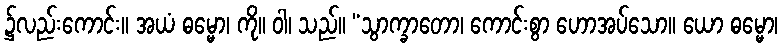
၌လည်းကောင်း။ အယံ ဓမ္မော၊ ကို။ ဝါ၊ သည်။ “သွာက္ခာတော၊ ကောင်းစွာ ဟောအပ်သော။ ယော ဓမ္မော၊